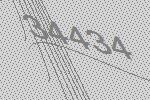
34434